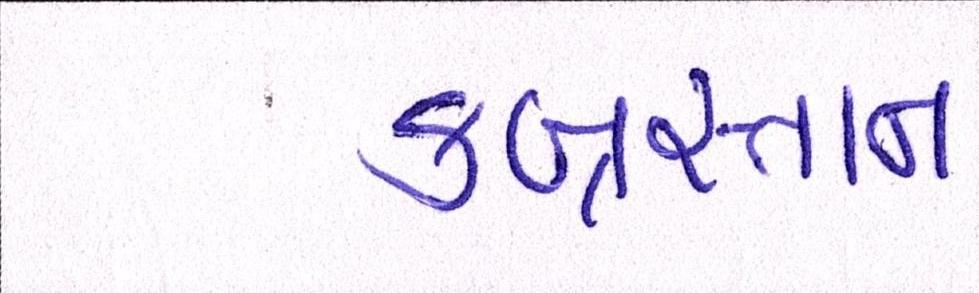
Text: કબ્રસ્તાન